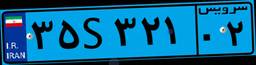
۳۵S۳۲۱۰۲